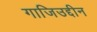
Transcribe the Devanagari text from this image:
गाजिउद्दीन